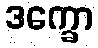
ဒက္ခော